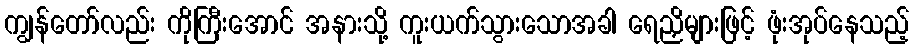
ကျွန်တော်လည်း ကိုကြီးအောင် အနားသို့ ကူးယက်သွားသောအခါ ရေညှိများဖြင့် ဖုံးအုပ်နေသည့်